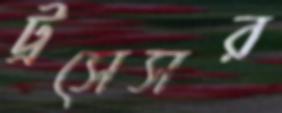
ট্রসেসর